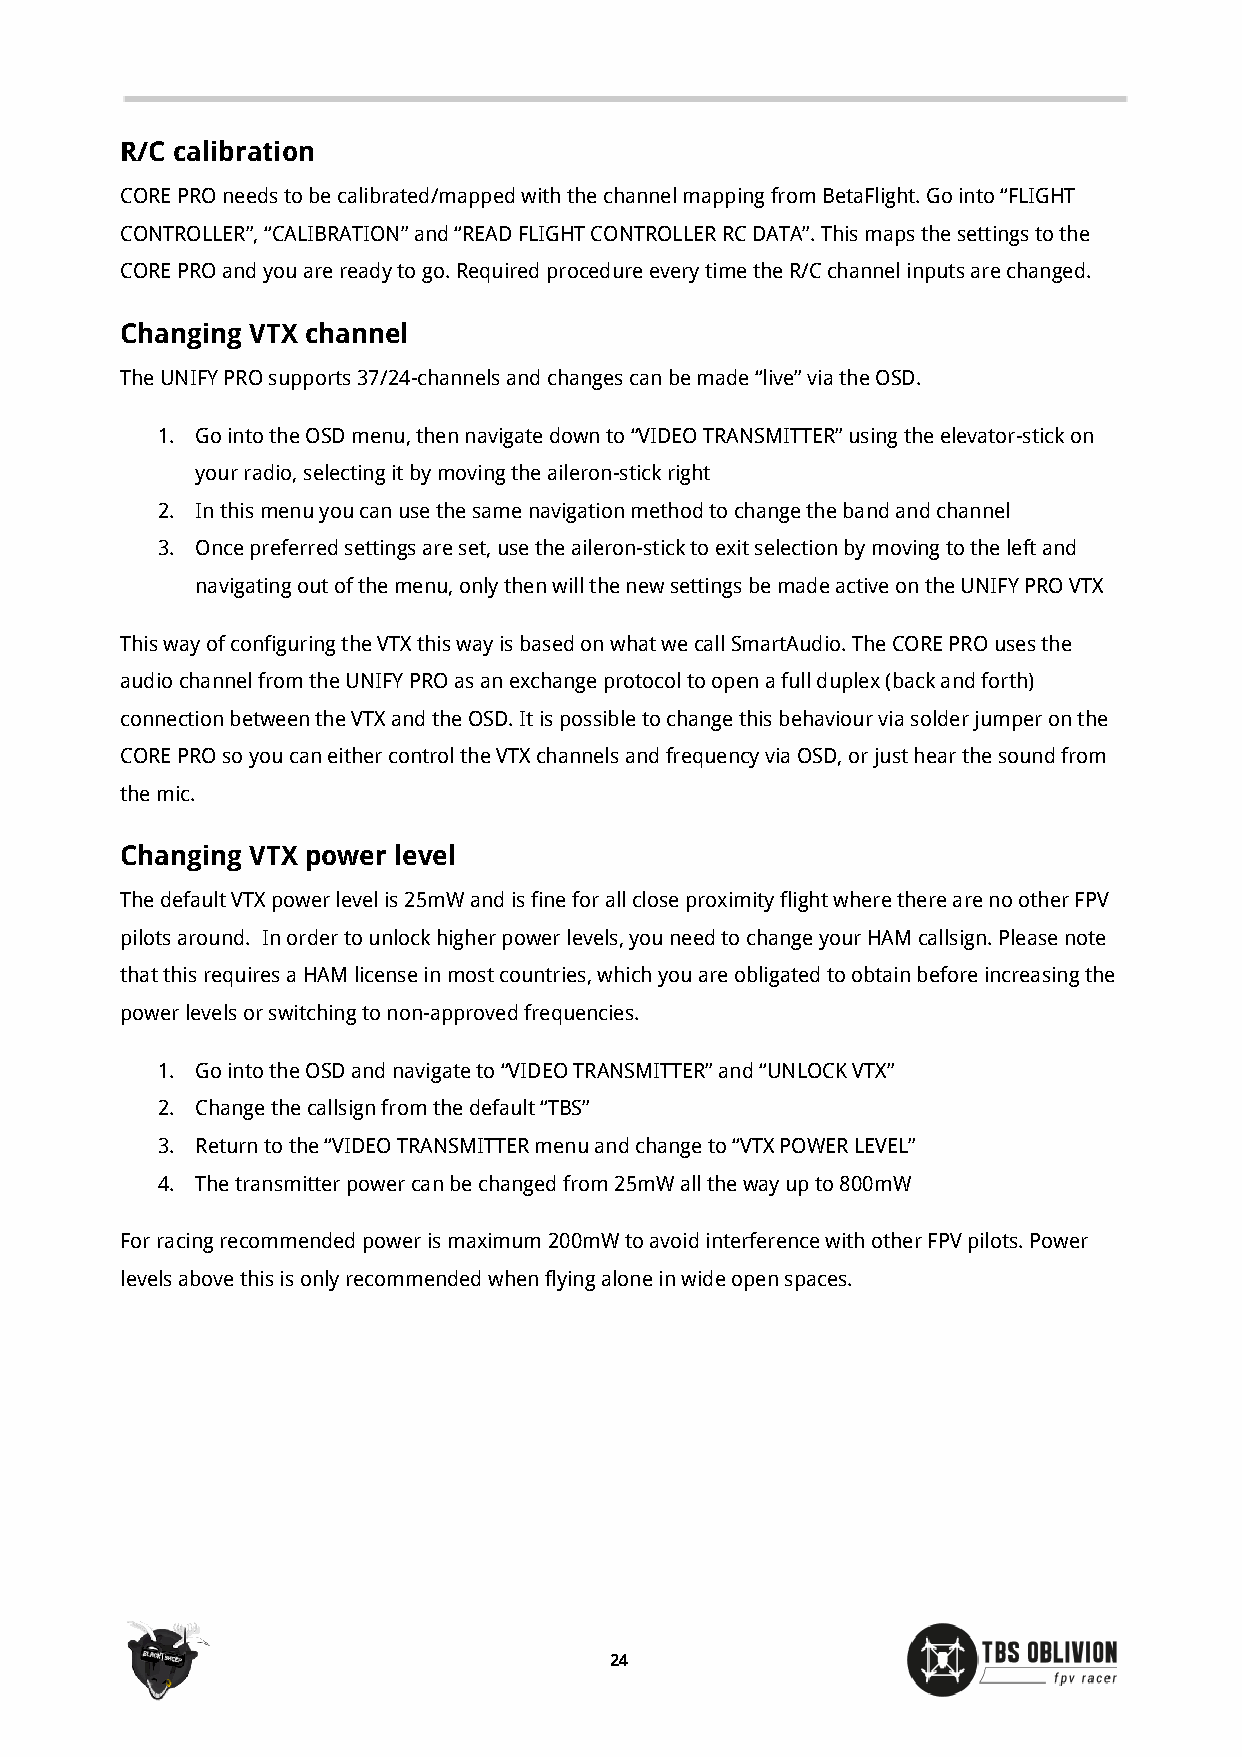
R/C calibration
 CORE PRO needs to be calibrated/mapped with the channel mapping from BetaFlight. Go into “FLIGHT
 CONTROLLER”, “CALIBRATION” and “READ FLIGHT CONTROLLER RC DATA”. This maps the settings to the
 CORE PRO and you are ready to go. Required procedure every time the R/C channel inputs are changed.
 Changing VTX channel
 The UNIFY PRO supports 37/24-channels and changes can be made “live” via the OSD.
 1. Go into the OSD menu, then navigate down to “VIDEO TRANSMITTER” using the elevator-stick on
 your radio, selecting it by moving the aileron-stick right
 2. In this menu you can use the same navigation method to change the band and channel
 3. Once preferred settings are set, use the aileron-stick to exit selection by moving to the left and
 navigating out of the menu, only then will the new settings be made active on the UNIFY PRO VTX
 This way of configuring the VTX this way is based on what we call SmartAudio. The CORE PRO uses the
 audio channel from the UNIFY PRO as an exchange protocol to open a full duplex (back and forth)
 connection between the VTX and the OSD. It is possible to change this behaviour via solder jumper on the
 CORE PRO so you can either control the VTX channels and frequency via OSD, or just hear the sound from
 the mic.
 Changing VTX power level
 The default VTX power level is 25mW and is fine for all close proximity flight where there are no other FPV
 pilots around. In order to unlock higher power levels, you need to change your HAM callsign. Please note
 that this requires a HAM license in most countries, which you are obligated to obtain before increasing the
 power levels or switching to non-approved frequencies.
 1. Go into the OSD and navigate to “VIDEO TRANSMITTER” and “UNLOCK VTX”
 2. Change the callsign from the default “TBS”
 3. Return to the “VIDEO TRANSMITTER menu and change to “VTX POWER LEVEL”
 4. The transmitter power can be changed from 25mW all the way up to 800mW
 For racing recommended power is maximum 200mW to avoid interference with other FPV pilots. Power
 levels above this is only recommended when flying alone in wide open spaces.
 24